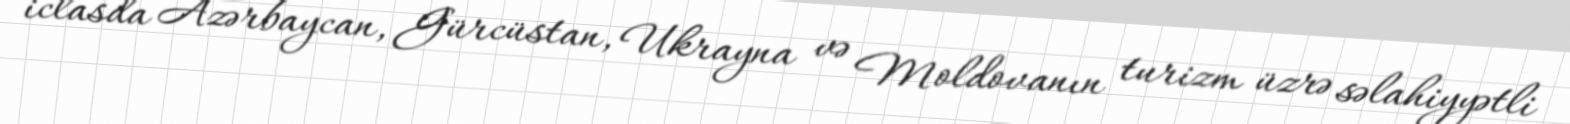
iclasda Azərbaycan, Gürcüstan, Ukrayna və Moldovanın turizm üzrə səlahiyyətli